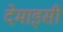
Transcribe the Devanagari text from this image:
देमाइसीं